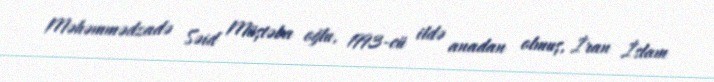
Məhəmmədzadə Səid Müştəba oğlu, 1993-cü ildə anadan olmuş, İran İslam